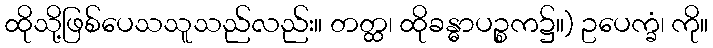
ထိုသို့ဖြစ်ပေသသူသည်လည်း။ တတ္ထ၊ ထိုခန္ဓာပဉ္စက၌။) ဥပေက္ခံ၊ ကို။